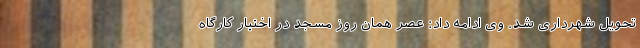
تحویل شهرداری شد. وی ادامه داد: عصر همان روز مسجد در اختیار کارگاه